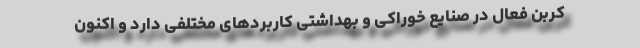
کربن فعال در صنایع خوراکی و بهداشتی کاربردهای مختلفی دارد و اکنون